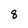
Character: 8